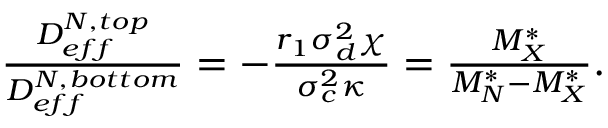
\begin{array} { r } { \frac { D _ { e f f } ^ { N , t o p } } { D _ { e f f } ^ { N , b o t t o m } } = - \frac { r _ { 1 } \sigma _ { d } ^ { 2 } \chi } { \sigma _ { c } ^ { 2 } \kappa } = \frac { M _ { X } ^ { * } } { M _ { N } ^ { * } - M _ { X } ^ { * } } . } \end{array}